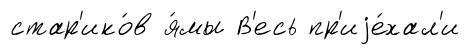
стар'ико́в я́мы В'есь пр'иjе́хал'и